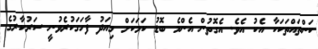
ކަންތައްތަކަކާ އެކު އެވެ. އެގޮތުން އެންމެ ބޮޑު ކަމަކަށް މިއަދު ފާހަގަކުރެވުނީ ސަރުކާރުގެ